Vaccination in the Punjab 1919-1929 - 1919-1929
Year: 1919
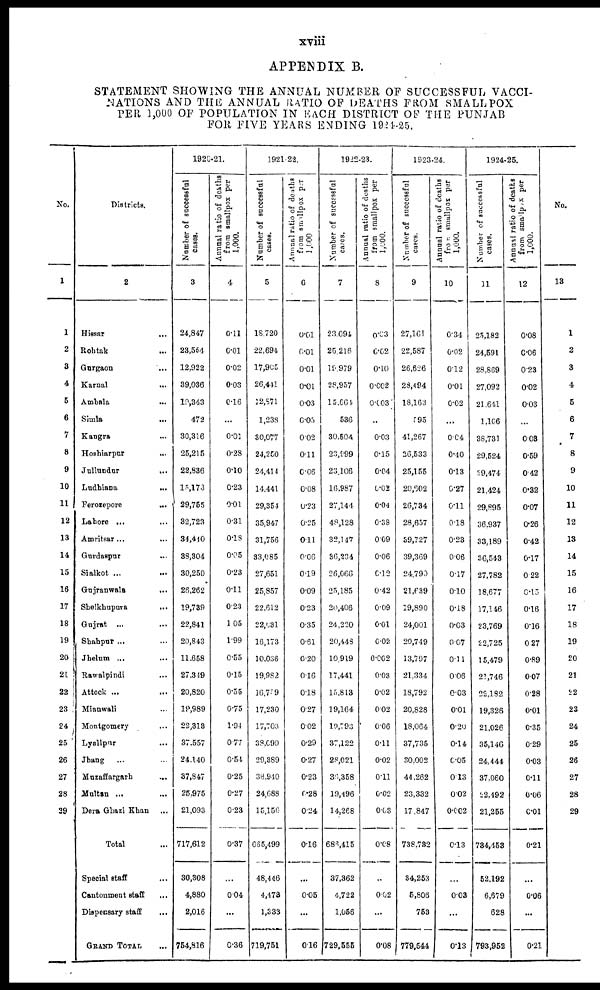
xviii
APPENDIX B.
STATEMENT SHOWING THE ANNUAL NUMBER OF SUCCESSFUL VACCI-
NATIONS AND THE ANNUAL RATIO OF DEATHS FROM SMALLPOX
PER 1,000 OF POPULATION IN EACH DISTRICT OF THE PUNJAB
FOR FIVE YEARS ENDING 1924-25.
No.
1
1
2
3
4
5
6
7
8
9
10
11
12
13
14
15
16
17
18
19
20
21
22
23
24
25
26
27
28
29
Districts.
2
Hissar ... ...
Rohtak ... ...
Gurgaon ... ...
Karnal ... ...
Ambala ... ...
Simla
...
...
Kangra ... ...
Hoshiarpur ... ...
Jullundur ... ...
Ludhiana
...
...
Ferozepore
...
...
Lahore ... ...
Amritsar ... ...
Gurdaspur ... ...
Sialkot
...
...
Gujranwala
...
...
Sheikhupura
...
...
Gujrat ... ...
Shahpur ... ...
Jhelum ... ...
Rawalpindi ... ...
Attock ... ...
Mianwali ... ...
Montgomery ... ...
Lyallpur ... ...
Jhang ... ...
Muzaffargarh ...
Multan ... ...
Dera Ghazi Khan
Total ...
Special staff ...
Cantonment staff ...
Dispensary staff ...
GRAND TOTAL ...
1920-21.
Number of successful
cases.
3
24,847
23,554
12,922
39,036
19,343
472
30,316
25,215
22,836
15,173
29,755
32,723
34,410
38,304
30,250
26,262
19,739
22,841
20,843
11,658
27,349
20,820
19,989
22,313
37,557
24,140
37,847
25,975
21,093
717,612
30,308
4,880
2,016
754,816
Annual ratio of deaths
from smallpox per
1,000.
4
0.11
0.01
0.02
0.03
0.16
...
0.01
0.28
0.10
0.23
0.01
0.31
0.18
0.05
0.23
0.11
0.23
1.05
1.99
0.55
0.15
0.55
0.75
1.94
0.77
0.54
0.25
0.27
0.23
0.37
...
0.04
...
0.36
1921-22.
Number of successful
cases.
5
18,720
22,694
17,905
26,441
12,871
1,238
30,077
24,250
24,414
14,441
29,354
35,947
31,756
33,085
27,651
25,857
22,612
22,031
16,173
10,036
19,982
16,759
17,230
17,703
38,099
29,389
38,940
24,688
15,156
665,499
48,446
4,473
1,333
719,751
Animal ratio of deaths
from smallpox per
1,000
6
0.01
0.01
0.01
0.01
0.03
0.05
0.02
0.11
0.06
0.08
0.23
0.25
0.11
0.06
0.19
0.09
0.23
0.35
0.61
0.20
0.16
0.18
0.27
0.02
0.29
0.27
0.23
0.28
0.24
0.16
...
0.05
...
0.16
1922-23.
Number of successful
cases.
7
23,094
25,216
19,979
28,957
15,664
536
30,504
23,999
23,106
16,987
27,144
48,128
32,147
36,234
26,066
25,185
20,406
24,220
20,448
10,919
17,441
15,813
19,164
19,793
37,122
28,021
36,358
19,496
14,268
686,415
37,362
4,722
1,056
729,555
Annual ratio of deaths
from smallpox per
1,000.
8
0.03
0.02
0.10
0.002
0.003
...
0.03
0.15
0.04
0.02
0.04
0.38
0.09
0.06
0.12
0.42
0.09
0.01
0.02
0.002
0.03
0.02
0.02
0.06
0.11
0.02
0.11
0.02
0.03
0.08
...
0.02
...
0.08
1923-24.
Number of successful
cases.
9
27,161
22,587
26,626
28,494
18,163
595
41,267
26,533
25,155
20,602
26,734
28,657
39,727
39,369
24,790
21,639
19,890
24,001
20,749
13,797
21,334
18,792
20,828
18,064
37,735
30,002
44,262
23,332
17,847
738,732
34,253
5,806
753
779,544
Annual ratio of deaths
from smallpox per
1,000.
10
0.34
0.02
0.12
0.01
0.02
...
0.04
0.40
0.13
0.27
0.11
0.18
0.23
0.06
0.17
0.10
0.18
0.03
0.07
0.11
0.06
0.03
0.01
0.20
0.14
0.05
0.13
0.02
0.002
0.13
...
0.03
...
0.13
1924-25.
Number of successful
cases.
11
25,182
24,591
28,869
27,092
21,641
1,106
38,731
29,524
29,474
21,424
29,895
36,937
33,189
36,543
27,782
18,677
17,146
23,769
22,725
15,479
21,746
22,182
19,326
21,026
35,146
24,444
37,060
22,492
21,255
734,453
52,192
6,679
628
793,952
Annual ratio of deaths
from smallpox per
1,000.
12
0.08
0.06
0.23
0.02
0.03
...
0.03
0.59
0.42
0.32
0.07
0.26
0.42
0.17
0.22
0.15
0.16
0.16
0.27
0.89
0.07
0.28
0.01
0.35
0.29
0.03
0.11
0.06
0.01
0.21
...
0.06
...
0.21
No.
13
1
2
3
4
5
6
7
8
9
10
11
12
13
14
15
16
17
18
19
20
21
22
23
24
25
26
27
28
29